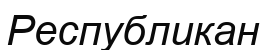
Республикан